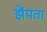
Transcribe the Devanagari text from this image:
झेंपता